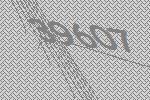
39607